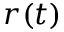
r ( t )